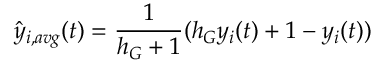
\hat { y } _ { i , a v g } ( t ) = \frac { 1 } { h _ { G } + 1 } ( h _ { G } y _ { i } ( t ) + 1 - y _ { i } ( t ) )